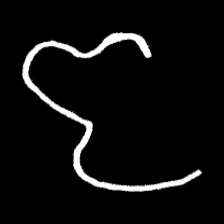
Pyu character \u2014 Myanmar letter: ဇ (romanized: ja)